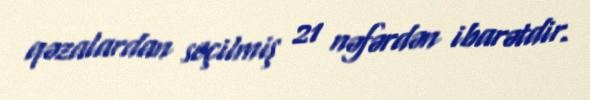
qəzalardan seçilmiş 21 nəfərdən ibarətdir.